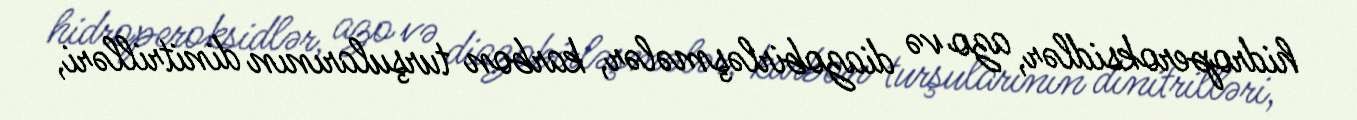
hidroperoksidlər, azo və diazobirləşmələr, karbon turşularının dinitrilləri,